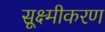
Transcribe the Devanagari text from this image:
सूक्ष्मीकरण